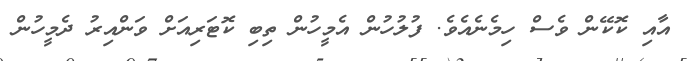
އާއި ކޮކޭން ވެސް ހިމެނެއެވެ. ފުލުހުން އެމީހުން ތިބި ކޮޓަރިއަށް ވަންއިރު ދެމީހުން